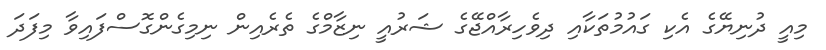
މިއީ ދުނިޔޭގެ އެކި ގައުމުތަކާއި ދިވެހިރާއްޖޭގެ ޝަރުއީ ނިޒާމްގެ ތެރެއިން ނިމިގެންގޮސްފައިވާ މިފަދަ